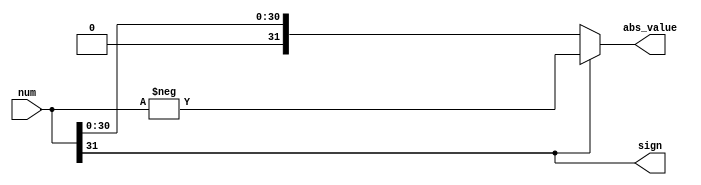
module signed_to_abs #
(
    parameter WIDTH = 32
)
(
    input [WIDTH-1:0] num,
    output [WIDTH-1:0] abs_value,
    output sign
);
    assign sign = num[WIDTH-1];
    assign abs_value = sign ? -num : num;
endmodule